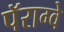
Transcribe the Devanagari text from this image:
पॅराग्वे